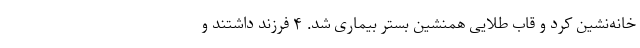
خانه‌نشین کرد و قاب طلایی همنشین بستر بیماری شد. ۴ فرزند داشتند و